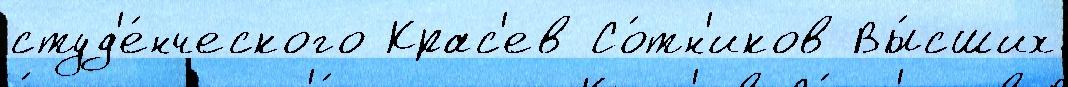
студ'е́нческого Крас'ев Со́тн'иков Вы́сших